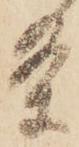
条